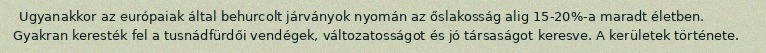
Ugyanakkor az európaiak által behurcolt járványok nyomán az őslakosság alig 15-20%-a maradt életben. Gyakran keresték fel a tusnádfürdői vendégek, változatosságot és jó társaságot keresve. A kerületek története.